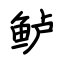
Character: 鲈